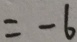
= - 6